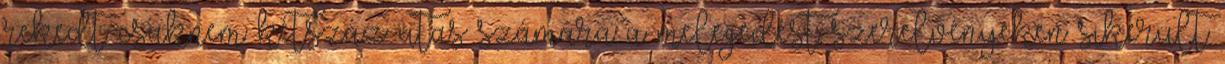
rekedt csaknem kétszáz utas számára a melegedést szerelvényeken sikerült